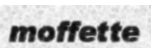
moffette